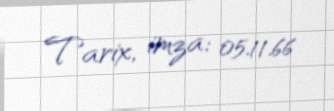
Tarix, imza: 05.11.66